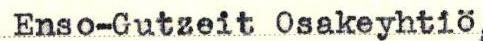
Enso-Gutzeit Osakeyhtiö